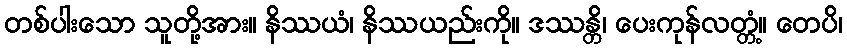
တစ်ပါးသော သူတို့အား။ နိဿယံ၊ နိဿယည်းကို။ ဒဿန္တိ၊ ပေးကုန်လတ္တံ့။ တေပိ၊